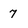
Character: 7